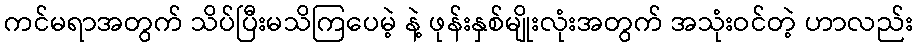
ကင်မရာအတွက် သိပ်ပြီးမသိကြပေမဲ့ နဲ့ ဖုန်းနှစ်မျိုးလုံးအတွက် အသုံးဝင်တဲ့ ဟာလည်း